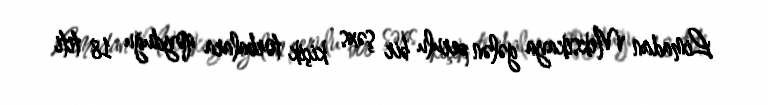
Limadan Meksikaya gələn perulu bir şəxs kiçik torbalara qoyduğu 18 titi